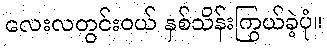
လေးလတွင်းဝယ် နှစ်သိန်းကြွယ်ခဲ့ပုံ။